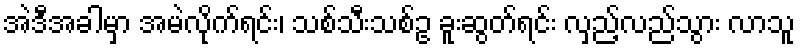
အဲဒီအခါမှာ အမဲလိုက်ရင်း၊ သစ်သီးသစ်ဥ ခူးဆွတ်ရင်း လှည့်လည်သွား လာသူ